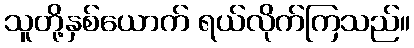
သူတို့နှစ်ယောက် ရယ်လိုက်ကြသည်။